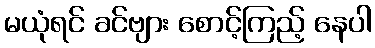
မယုံရင် ခင်ဗျား စောင့်ကြည့် နေပါ